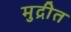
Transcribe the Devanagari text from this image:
मुद्रीत